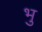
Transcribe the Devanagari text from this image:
भु